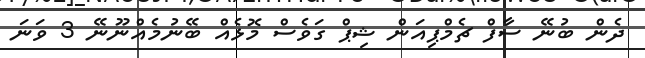
ދެން ބުނޭ ސާފް ޗެމްޕިއަން ޝިޕް ގަވެސް މޮޅެއް ބޭނުމެއްނޫނޭ 3 ވަނަ